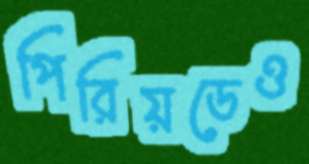
পিরিয়ডেও